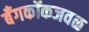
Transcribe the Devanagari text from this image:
बँगकॉकजवळ